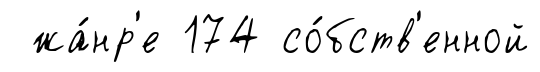
жа́нр'е 174 со́бств'енной